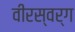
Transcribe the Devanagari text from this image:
वीरस्वर्ग